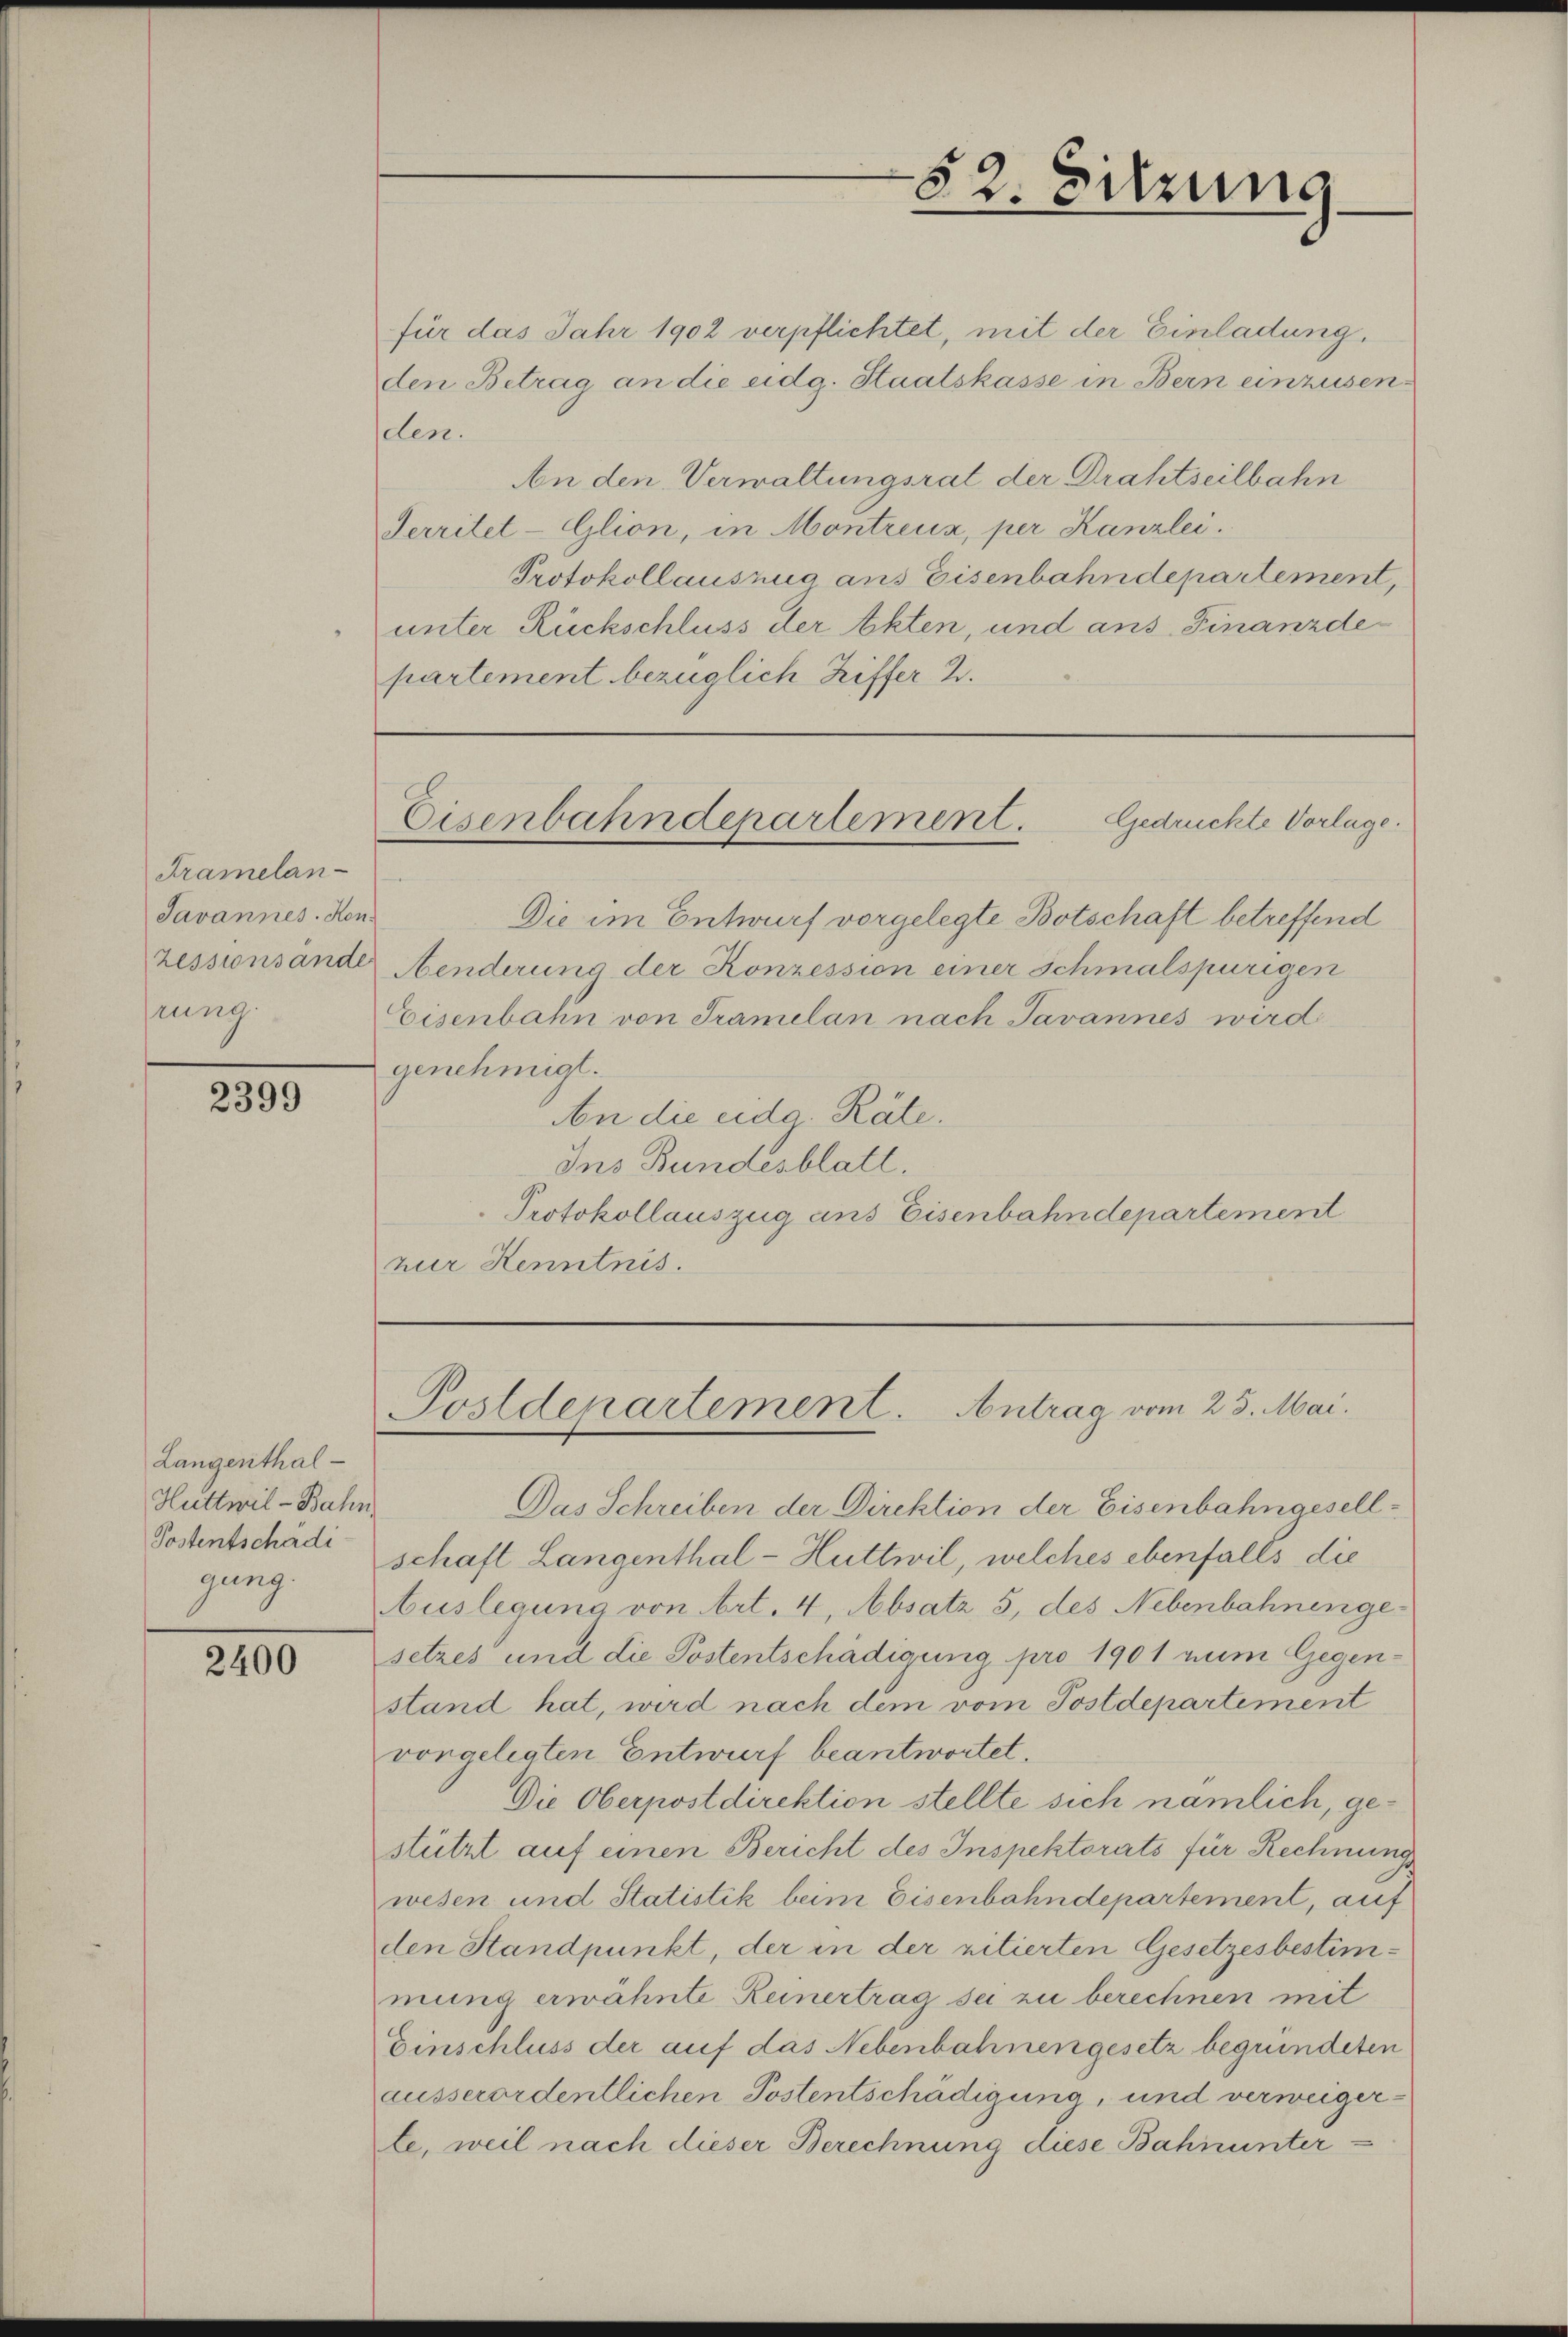
Framelan-
Javannes. Kon
hrung.

2399

für das Jahr 1902 verpflichtet, mit der Einladung.
den Betrag an die eidg. Staatskasse in Bern einzusenden.
An den Verwaltungsrat der Drahtseilbahn
Serritet-Glion, in Montreux, per Kanzlei.
Protokollauszug aus Eisenbahndepartement,
unter Rückschluss der Akten, und ans Finanzde
partement bezüglich Ziffer 2.

Langenthal¬
Huttwil-Bahn
Postentschädi
gung.

2400

Die im Entwurf vorgelegte Botschaft betreffend
zessionsände Aenderung der Konzession einer schmalspurigen
Eisenbahn von Tramelan nach Javannes wird
genehmigt.
An die eidg. Räte.
Ins Bundesblatt.
Protokollauszug aus Eisenbahndepartement
zur Kenntnis.

Das Schreiben der Direktion der Eisenbahngesellschaft Langenthal-Huttwil, welches ebenfalls die
Auslegung von Art. 4, Absatz 5, des Nebenbahnen ge-
setzes und die Postentschädigung pro 1901 num Gegenstand hat, wird nach dem vom Postdepartement
vorgelegten Entwurf beantwortet.
Die Oberpostdirektion stellte sich nämlich, gestützt auf einen Bericht des Inspektorats für Rechnungs
wesen und Statistik beim Eisenbahndepartement, auf
den Standpunkt, der in der ritierten Gesetzesbestimmung erwähnte Reinertrag sei zu berechnen mit
Einschluss der auf das Nebenbahnen gesetz begründeten
ausserordentlichen Postentschädigung, und verweigerle, weil nach dieser Berechnung diese Bahnunter¬

82. Sitzung

Gedrückte Vorlage.
Eisenbahndepartement.

Postdepartement. Antrag vom 25. Mai.